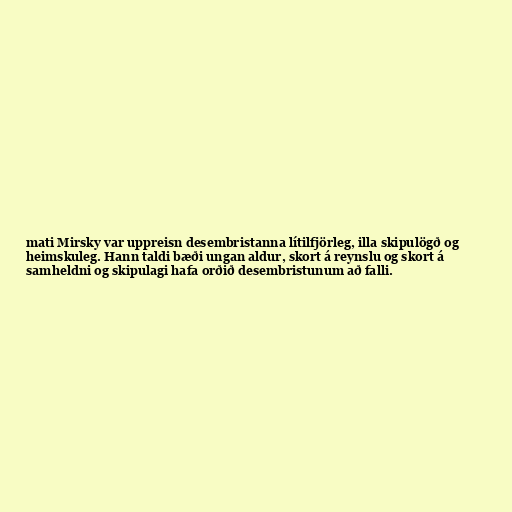
mati Mirsky var uppreisn desembristanna lítilfjörleg, illa skipulögð og
heimskuleg. Hann taldi bæði ungan aldur, skort á reynslu og skort á
samheldni og skipulagi hafa orðið desembristunum að falli.